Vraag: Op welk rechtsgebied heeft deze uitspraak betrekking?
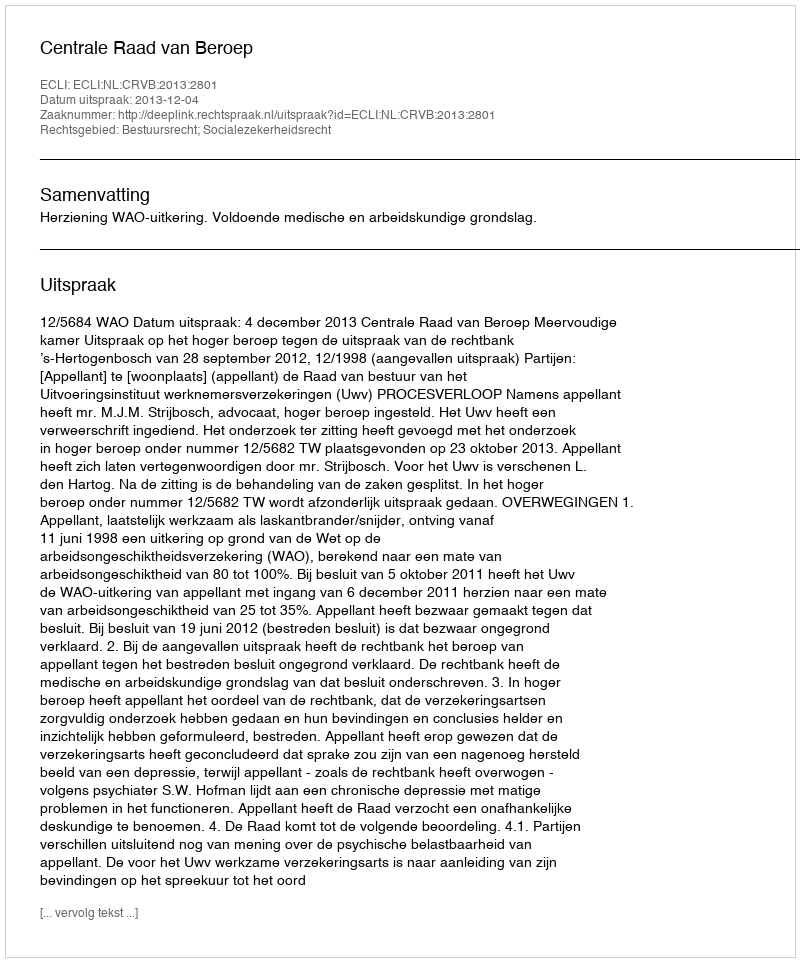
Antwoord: Bestuursrecht; Socialezekerheidsrecht